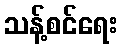
သန့်စင်ရေး